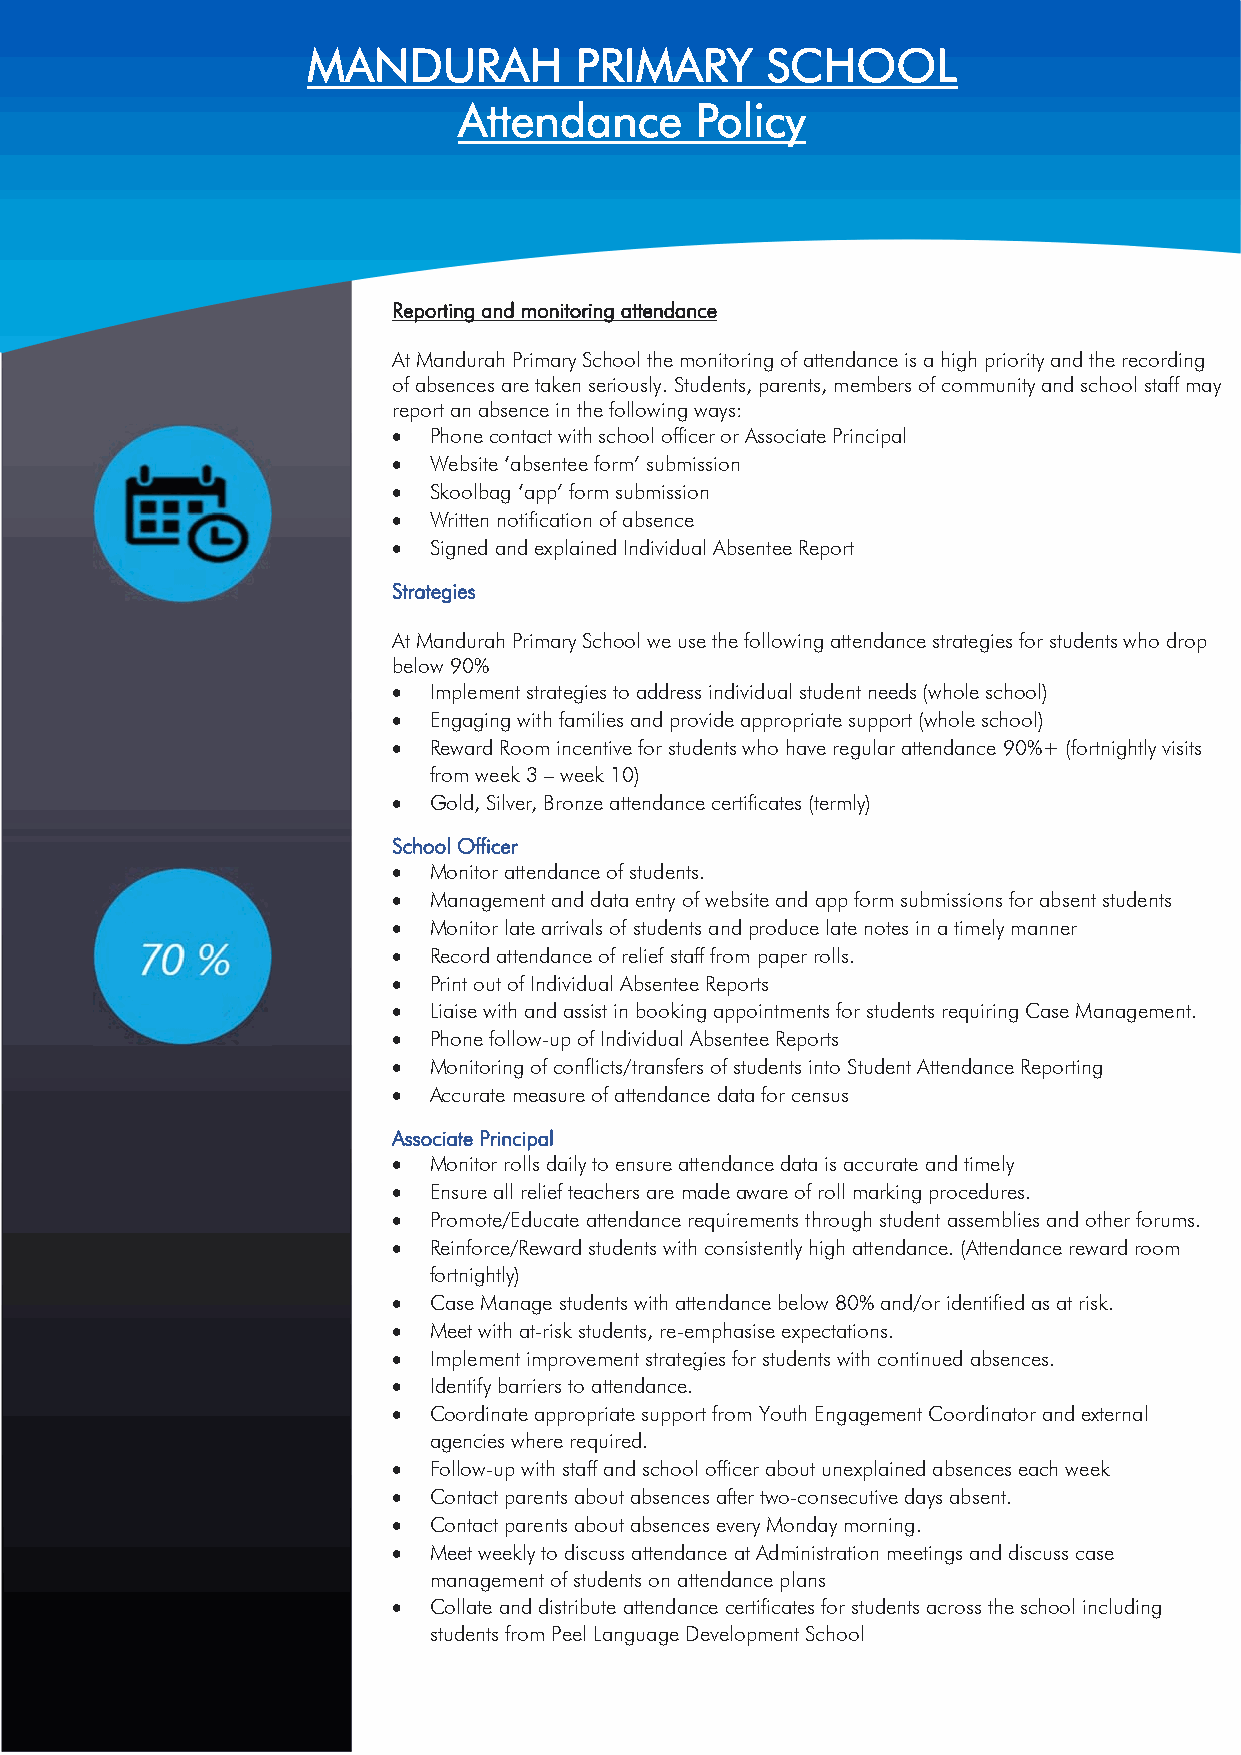
MANDURAH          PRIMARY      SCHOOL
 Attendance      Policy
 Reporting and monitoring attendance
 At Mandurah Primary School the monitoring of attendance is a high priority and the recording
 of absences are taken seriously. Students, parents, members of community and school staff may
 report an absence in the following ways:
  Phone contact with school officer or Associate Principal
  Website ‘absentee form’ submission
  Skoolbag ‘app’ form submission
  Written notification of absence
  Signed and explained Individual Absentee Report
 Strategies
 At Mandurah Primary School we use the following attendance strategies for students who drop
 below 90%
  Implement strategies to address individual student needs (whole school)
  Engaging with families and provide appropriate support (whole school)
  Reward Room incentive for students who have regular attendance 90%+ (fortnightly visits
 from week 3 – week 10)
  Gold, Silver, Bronze attendance certificates (termly)
 School Officer
  Monitor attendance of students.
  Management and data entry of website and app form submissions for absent students
  Monitor late arrivals of students and produce late notes in a timely manner
  Record attendance of relief staff from paper rolls.
  Print out of Individual Absentee Reports
  Liaise with and assist in booking appointments for students requiring Case Management.
  Phone follow-up of Individual Absentee Reports
  Monitoring of conflicts/transfers of students into Student Attendance Reporting
  Accurate measure of attendance data for census
 Associate Principal
  Monitor rolls daily to ensure attendance data is accurate and timely
  Ensure all relief teachers are made aware of roll marking procedures.
  Promote/Educate attendance requirements through student assemblies and other forums.
  Reinforce/Reward students with consistently high attendance. (Attendance reward room
 fortnightly)
  Case Manage students with attendance below 80% and/or identified as at risk.
  Meet with at-risk students, re-emphasise expectations.
  Implement improvement strategies for students with continued absences.
  Identify barriers to attendance.
  Coordinate appropriate support from Youth Engagement Coordinator and external
 agencies where required.
  Follow-up with staff and school officer about unexplained absences each week
  Contact parents about absences after two-consecutive days absent.
  Contact parents about absences every Monday morning.
  Meet weekly to discuss attendance at Administration meetings and discuss case
 management of students on attendance plans
  Collate and distribute attendance certificates for students across the school including
 students from Peel Language Development School